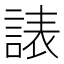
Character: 諘